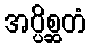
အပ္ပိစ္ဆတံ